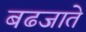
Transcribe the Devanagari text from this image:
बढजाते